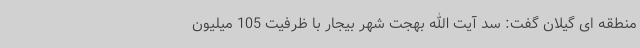
منطقه ای گیلان گفت: سد آیت الله بهجت شهر بیجار با ظرفیت 105 میلیون